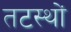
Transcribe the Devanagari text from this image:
तटस्थों